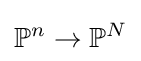
\mathbb {P} ^{n}\to \mathbb {P} ^{N}